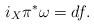
LaTeX: \begin{align*}i_X\pi^*\omega=d f.\end{align*}